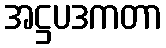
အဋ္ဌပဒကတာ